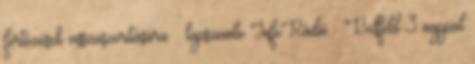
fertőzések visszaszorítására – lapszemle InfoRádió - Belföld 3 nappal